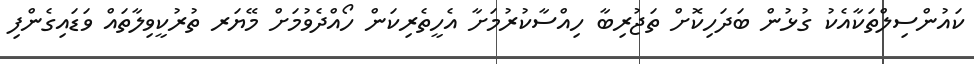
ކައުންސިލްތަކާއެކު ގުޅުން ބަދަހިކޮށް ތަޖުރިބާ ހިއްސާކުރުމަށާ އެހީތެރިކަން ހޯއްދެވުމަށް މޭޔަރ ތުރުކީވިލާތައް ވަޑައިގެންފި